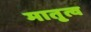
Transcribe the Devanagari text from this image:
मातृ्त्व